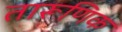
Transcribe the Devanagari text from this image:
तारूणिक